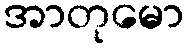
အာတုမော